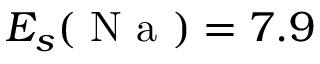
E _ { s } ( \mathrm { ~ N ~ a ~ } ) = 7 . 9